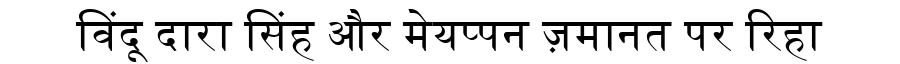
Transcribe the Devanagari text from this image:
विंदू दारा सिंह और मेयप्पन ज़मानत पर रिहा